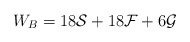
\begin{align*}W_{B}=18{\cal{S}}+18{\cal{F}}+6{\cal{G}}\end{align*}